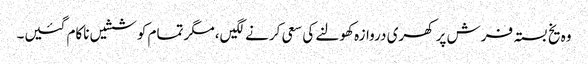
وہ یخ بستہ فرش پر کھری دروازہ کھولنے کی سعی کرنے لگیں، مگر تمام کوششیں ناکام گئیں۔